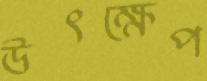
উৎক্ষেপ